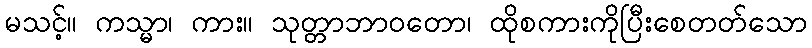
မသင့်။ ကသ္မာ၊ ကား။ သုတ္တာဘာဝတော၊ ထိုစကားကိုပြီးစေတတ်သော